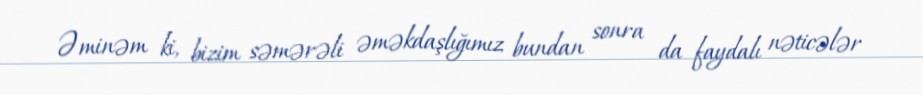
Əminəm ki, bizim səmərəli əməkdaşlığımız bundan sonra da faydalı nəticələr